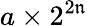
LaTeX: a\times2^{2\mathfrak{n}}